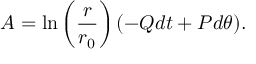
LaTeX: A = \ln \left( \frac { r } { r _ { 0 } } \right) ( - Q d t + P d \theta ) .